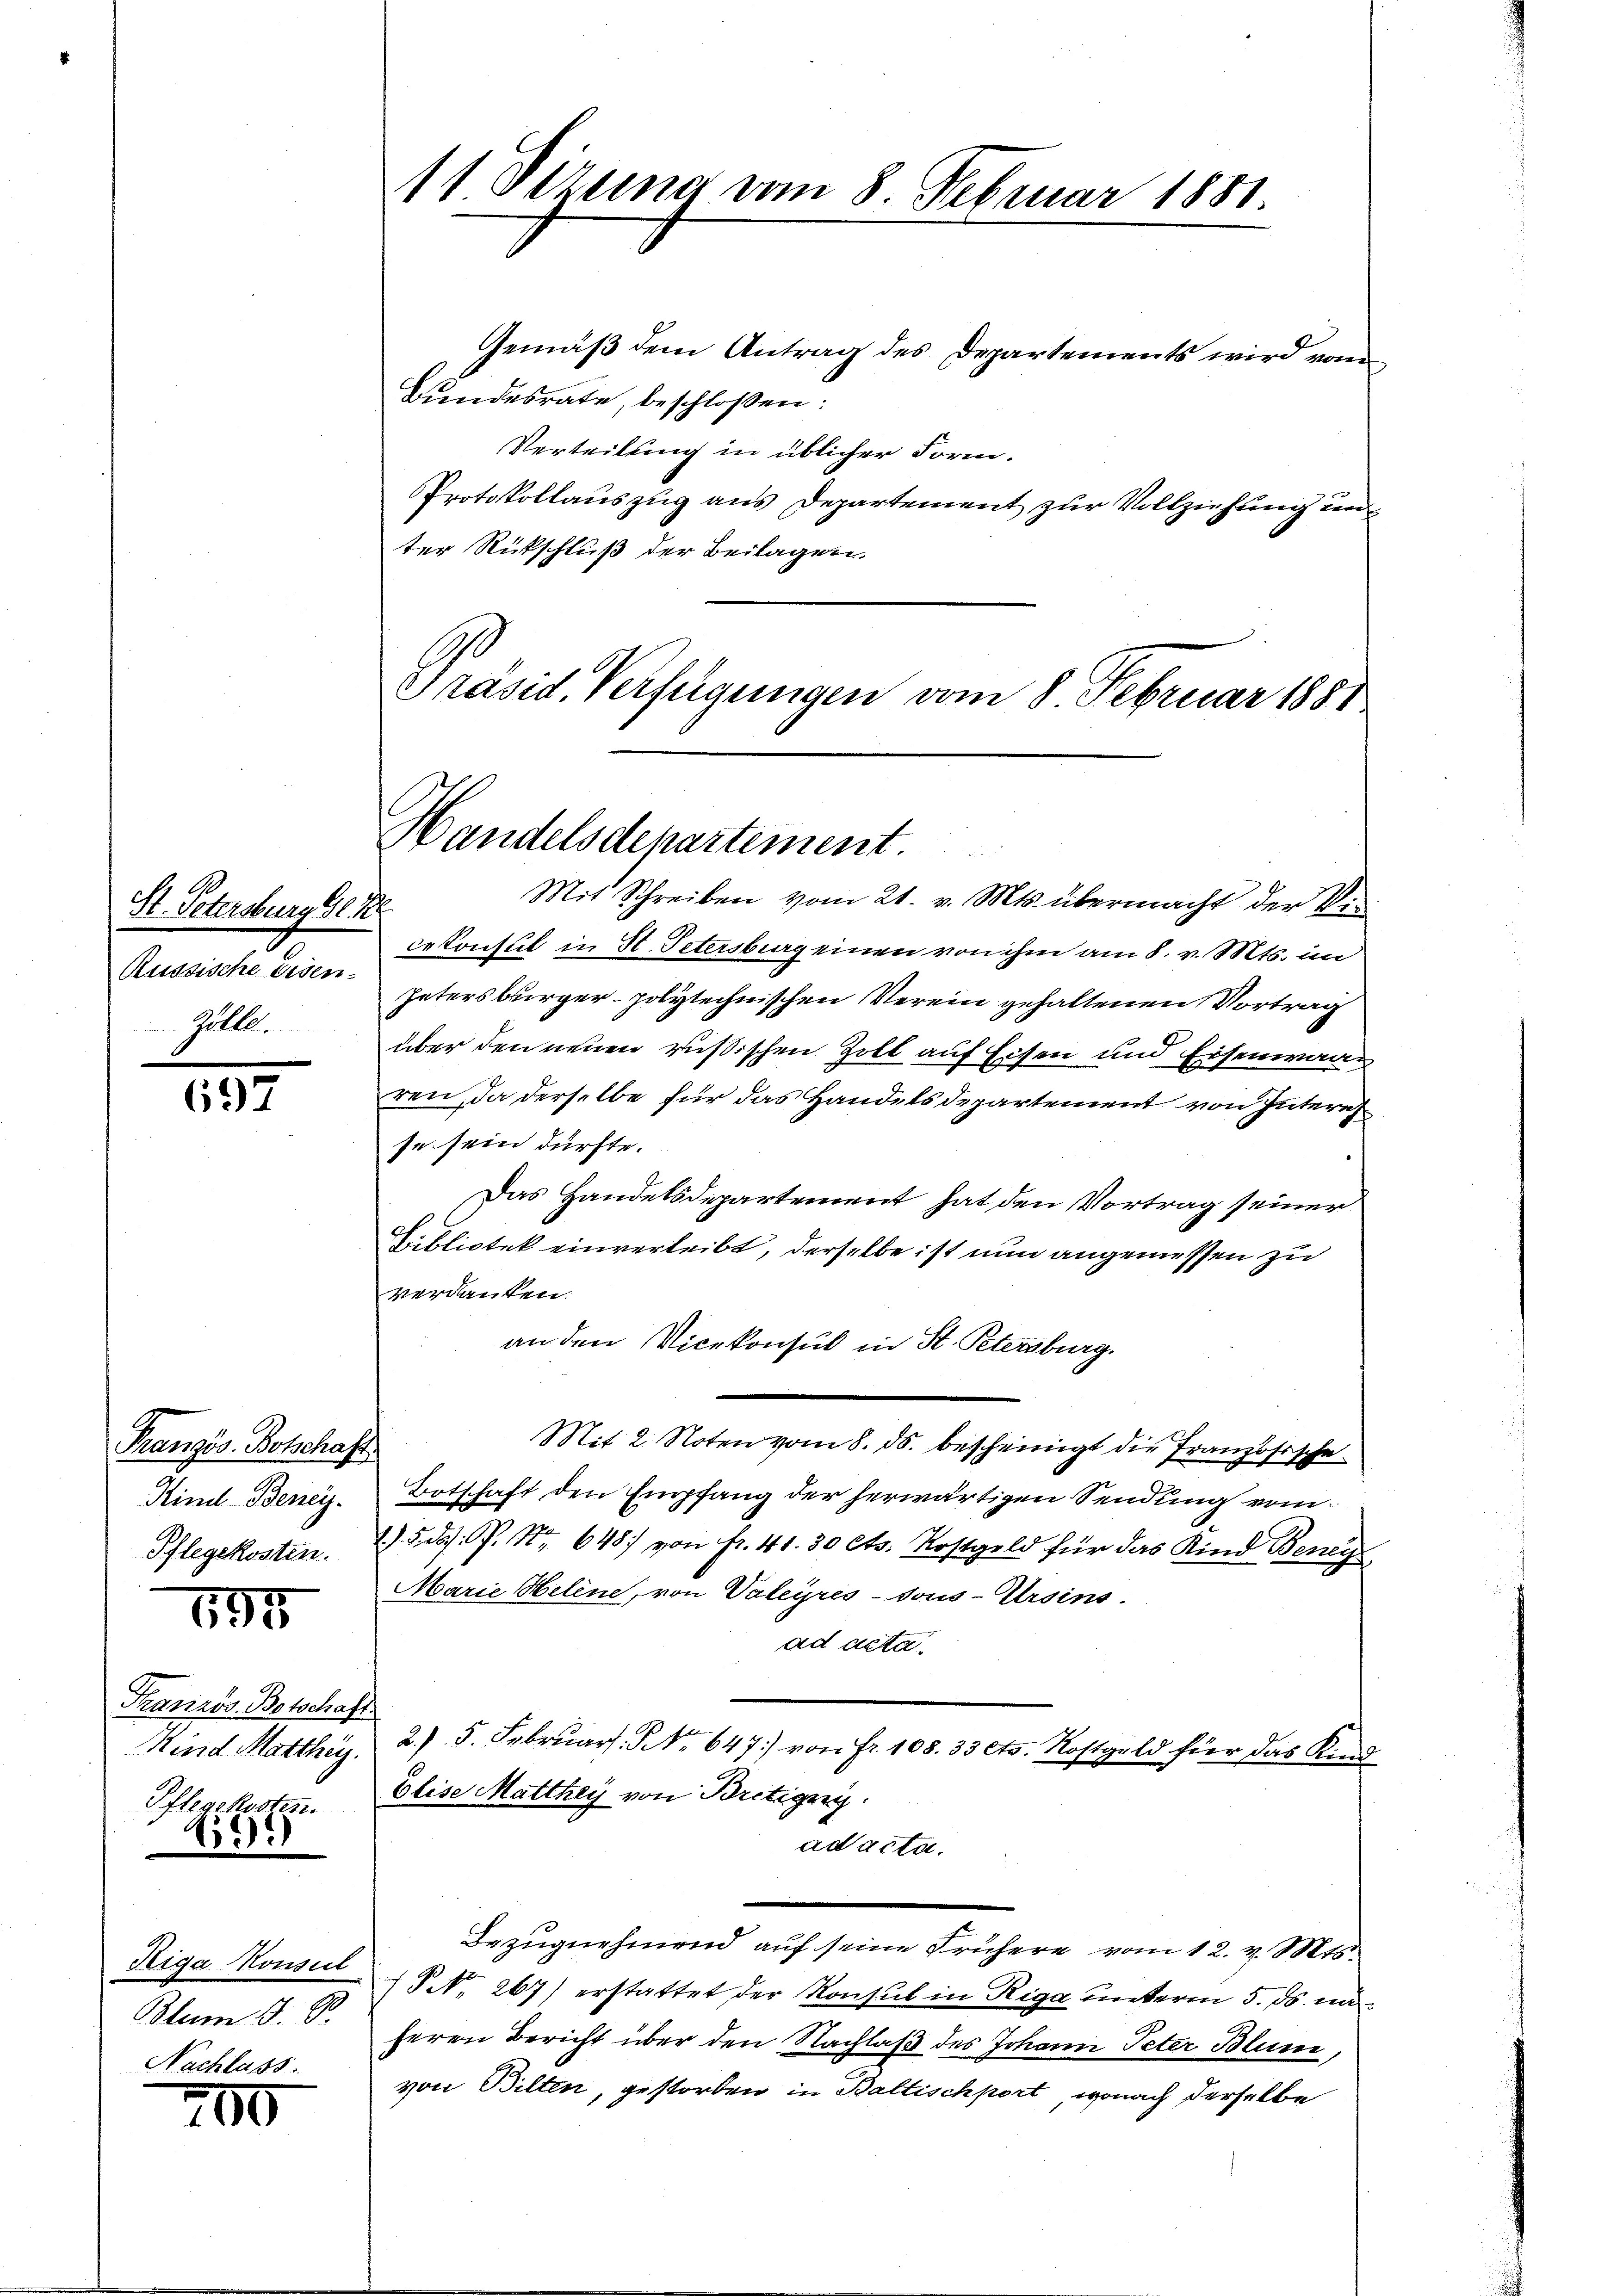
St. Petersburg Gl
Russische Eisen.
Zölle

697

Französ. Botschaft
Kind Beney.
Pflegekosten.

695

Französ. Botschaf
Kind Marthey.
Pflegekosten.

22)

Riga Konsul
Blum §. 8.
Nachlass.

200

Gemäß dem Antrag des Departements wird vom
Bundesrate, beschlossen:
Verteilung in üblicher Form.
Protokollauszug aus Departement zur Vollziehung unter Rückschluß der Beilagen.
Präsid. Verfügungen vom 8. Februar 1881

11 Vizena vom 8. Februar 1881.

Handelsdepartement.

Mit Schreiben vom 21. v. Mts. übermacht der Vicekonsul in St. Petersburg einen von ihm am 8. v. Mts. im
Petersburger polytechnischen Verein gehaltenen Vortrag
über den neuen russischen Zoll auf Eisen und Eisenwar
ren, da derselbe für das Handels departement von Intere
se sein dürfte.
Das Handelsdepartement hat den Vortrag seiner
Bibliotek einverleibt, derselbe ist nun angemessen zu
verdanken.
an den Vicekonsul in St. Petersburg.
Mit 2. Noten vom 8. ds. bescheinigt die Französische
Botschaft den Empfang der herwärtigen Sendung vom
) 5. ds. S. Nr. 648 von Fr. 41. 30 Cts. Kostgeld für das Kind Beney
Marie Helene, von Valeyres-Vous-Ursins
ad acta.
2) 5. Februar. No 647.) von Fr. 108. 33 cts. Kostgeld für das Kind
Elise Matthey von Britierig
ad acta.
Bezugnehmend auf seine Frühere vom 12. v. Mts.
§. 267) erstattet der Konsul in Riga unterm 5. ds. ma
heren Bericht über den Nachlaß des Johann Peter Blum,
von Bilten, gestorben in Baltischport, wonach derselbe